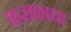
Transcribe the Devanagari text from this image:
फराळाचा